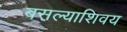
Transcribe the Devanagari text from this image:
बसल्याशिवय